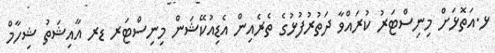
ޅ.އަތޮޅަށް މިނިސްޓަރު ކުރައްވާ ދަތުރުފުޅުގެ ތެރެއިން އެޑިއުކޭޝަން މިނިސްޓަރ ޑރ އާއިޝަތު ޝިހާމް